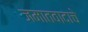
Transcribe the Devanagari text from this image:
जमातवादाचे